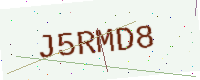
Text: J5RMD8